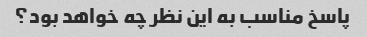
پاسخ مناسب به این نظر چه خواهد بود؟